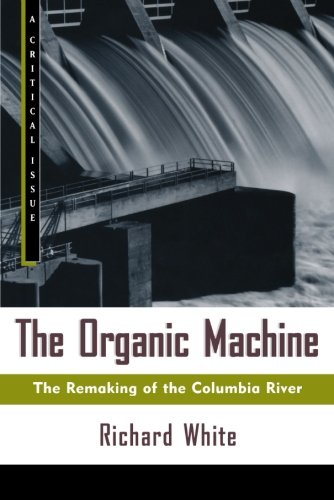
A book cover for The Organic Machine: The Remaking of the Columbia River (Hill and Wang Critical Issues); Richard White; Science & Math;